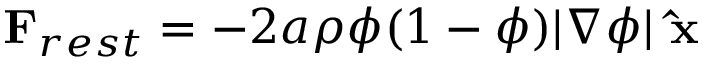
\mathbf { F } _ { r e s t } = - 2 a \rho \phi ( 1 - \phi ) | \nabla \phi | \, \, \mathbf { \hat { x } }